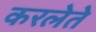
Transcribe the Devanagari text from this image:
करलेते